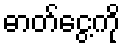
ဓာတ်ငွေ့ကို